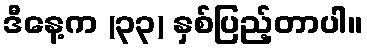
ဒီနေ့က (၃၃) နှစ်ပြည့်တာပါ။